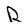
Character: R